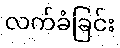
လက်ခံခြင်း